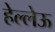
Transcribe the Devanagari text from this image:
हेल्लेऊ